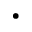
\cdot